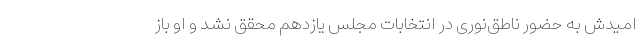
امیدش به حضور ناطق‌نوری در انتخابات مجلس یازدهم محقق نشد و او باز